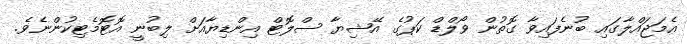
އެމަޖައްލާގައި ބުނެފައިވާ ގޮތުން ވޯލްޑް ކަޕުގެ އޭޝިޔާ ސްލޮޓް އިންޑިޔާއަށް ލިބުނީ އޮޓޮމެޓިކުންނެވެ.